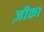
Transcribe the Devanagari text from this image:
ज़ीका